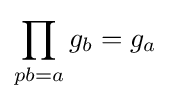
\prod _{pb=a}g_{b}=g_{a}\